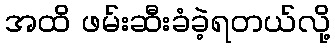
အထိ ဖမ်းဆီးခံခဲ့ရတယ်လို့